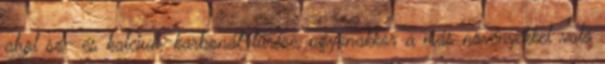
ahol só- és kalcium-karbonát-tűrése, ugyanakkor a más növényekkel való